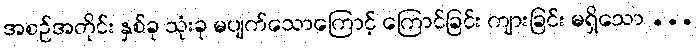
အစဉ်အတိုင်း နှစ်ခု သုံးခု မပျက်သောကြောင့် ကြောင်ခြင်း ကျားခြင်း မရှိသော ...